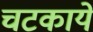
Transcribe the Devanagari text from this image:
चटकाये